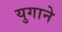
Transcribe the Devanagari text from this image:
युगाने